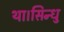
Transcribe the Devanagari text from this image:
था।सिन्धु